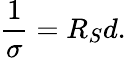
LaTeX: \frac{1}{\sigma}=R_{S}d.